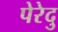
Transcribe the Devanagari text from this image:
पेरेदु